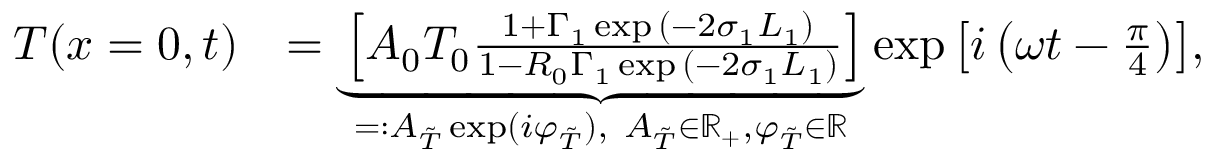
\begin{array} { r l } { T ( x = 0 , t ) } & { = \underbrace { \left[ A _ { 0 } T _ { 0 } \frac { 1 + \Gamma _ { 1 } \exp { ( - 2 \sigma _ { 1 } L _ { 1 } ) } } { 1 - R _ { 0 } \Gamma _ { 1 } \exp { ( - 2 \sigma _ { 1 } L _ { 1 } ) } } \right] } _ { = : A _ { \Tilde { T } } \exp ( i \varphi _ { \Tilde { T } } ) , \ A _ { \Tilde { T } } \in \mathbb { R } _ { + } , \varphi _ { \Tilde { T } } \in \mathbb { R } } \exp { \left[ i \left( \omega t - \frac { \pi } { 4 } \right) \right] } , } \end{array}